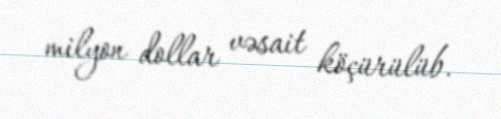
milyon dollar vəsait köçürülüb.